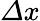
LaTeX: \varDelta x